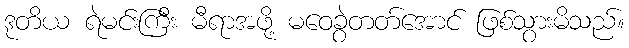
ဒုတိယ ရဲမင်းကြီး မီရာအဖို့ မဝေခွဲတတ်အောင် ဖြစ်သွားမိသည်။